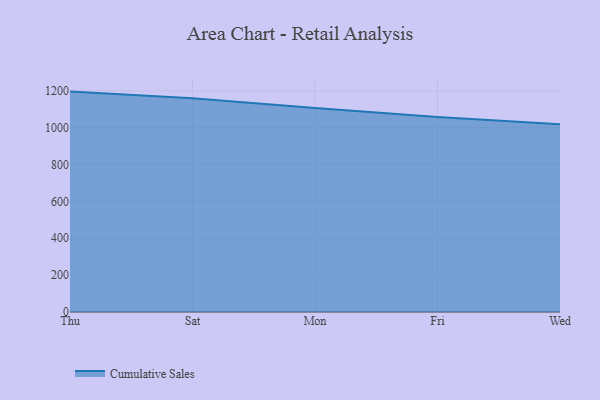
{"axis": {"x": "Day", "y": "Customer Acquisition Cost (USD)"}, "legend": ["Cumulative Sales"], "data": [{"x": "Thu", "y": 1196.1, "type": "Cumulative Sales"}, {"x": "Sat", "y": 1160.4, "type": "Cumulative Sales"}, {"x": "Mon", "y": 1107.6, "type": "Cumulative Sales"}, {"x": "Fri", "y": 1058.1, "type": "Cumulative Sales"}, {"x": "Wed", "y": 1019.3, "type": "Cumulative Sales"}]}